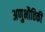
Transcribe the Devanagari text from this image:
अणुभौतिकी